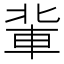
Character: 軰